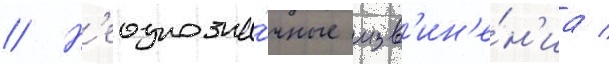
// Н'еоднозна́чные изв'ин'е́н'иа /